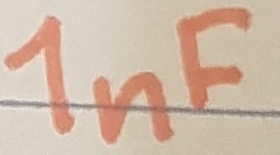
Text: 1nF